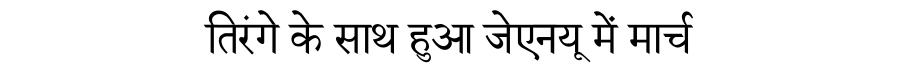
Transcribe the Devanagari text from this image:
तिरंगे के साथ हुआ जेएनयू में मार्च